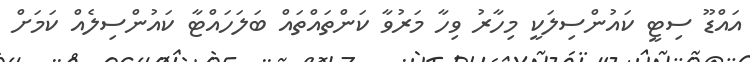
އައްޑޫ ސިޓީ ކައުންސިލަކީ މިހާރު ވިހާ މަރުވާ ކަންތައްތައް ބަލަހައްޓާ ކައުންސިލެއް ކަމަށް